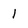
Character: 1